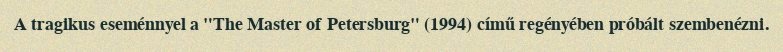
A tragikus eseménnyel a "The Master of Petersburg" (1994) című regényében próbált szembenézni.